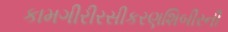
કામગીરીરસીકરણશિબીરની